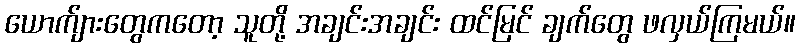
ယောက်ျားတွေကတော့ သူတို့ အချင်းအချင်း ထင်မြင် ချက်တွေ ဖလှယ်ကြမယ်။